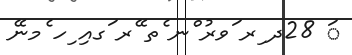
ަ 28ދ ިރ ަވރު ްނ ެތ ޭރ ަގއި ިހ ެމނޭ